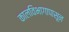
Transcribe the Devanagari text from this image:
कालविभागापासून